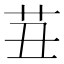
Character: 𰰪